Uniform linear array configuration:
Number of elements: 16
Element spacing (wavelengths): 0.75
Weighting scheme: binomial
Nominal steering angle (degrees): -15
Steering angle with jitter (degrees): -14.525
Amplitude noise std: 0.05
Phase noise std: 0.05

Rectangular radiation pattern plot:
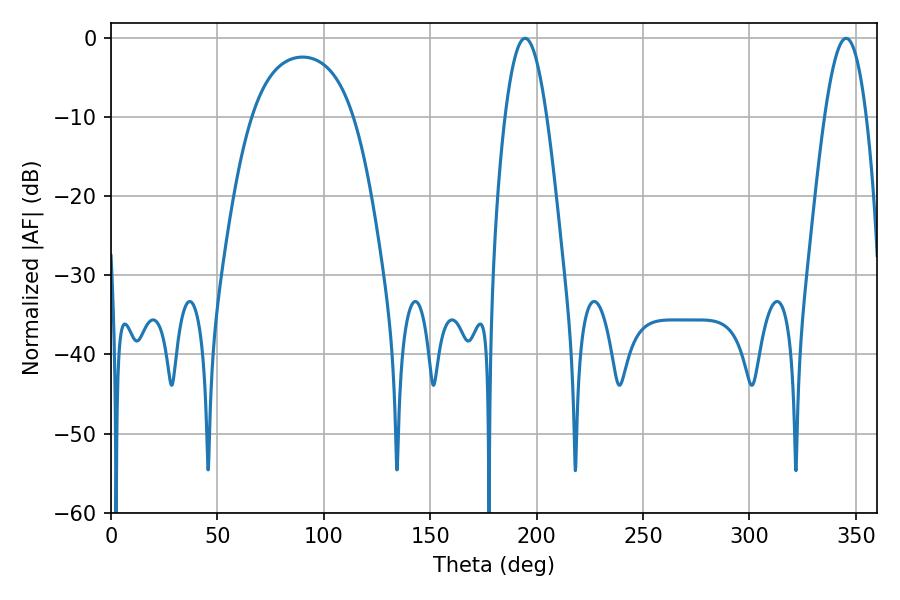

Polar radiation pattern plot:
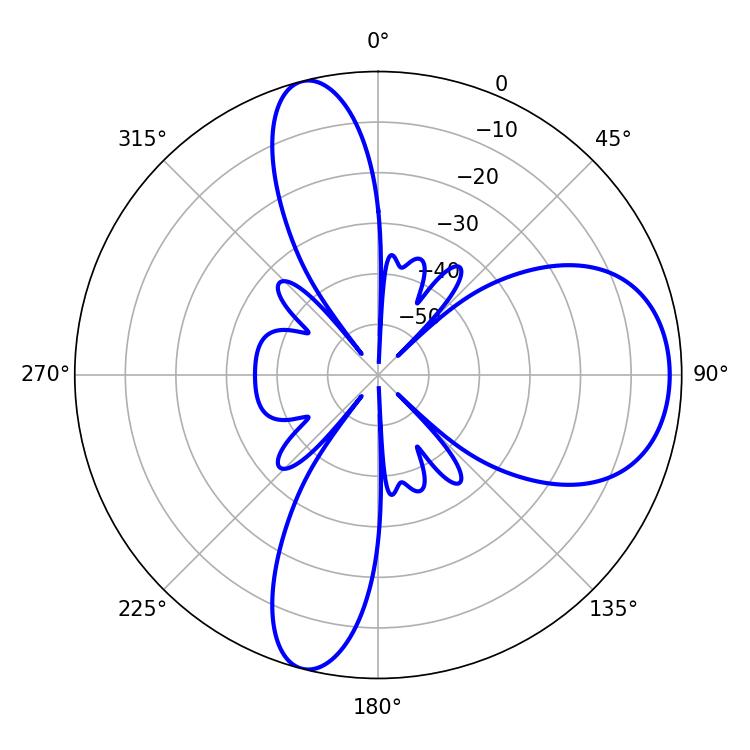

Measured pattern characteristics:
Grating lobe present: TRUE
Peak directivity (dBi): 9.449
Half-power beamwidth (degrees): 10.62
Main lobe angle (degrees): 194.58